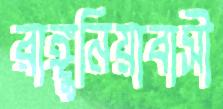
রাঙ্গুনিয়াবাসী